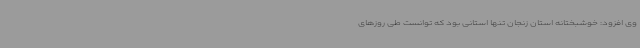
وی افزود: خوشبختانه استان زنجان تنها استانی بود که توانست طی روزهای